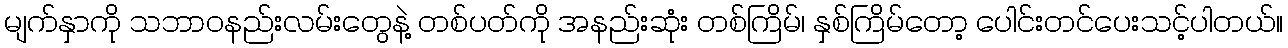
မျက်နှာကို သဘာဝနည်းလမ်းတွေနဲ့ တစ်ပတ်ကို အနည်းဆုံး တစ်ကြိမ်၊ နှစ်ကြိမ်တော့ ပေါင်းတင်ပေးသင့်ပါတယ်။